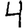
Digit: 4